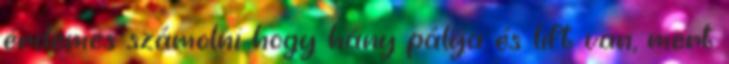
érdemes számolni hogy hány pálya és lift van, mert